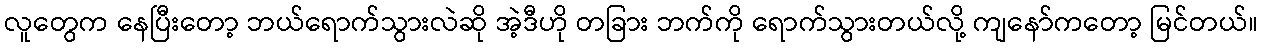
လူတွေက နေပြီးတော့ ဘယ်ရောက်သွားလဲဆို အဲ့ဒီဟို တခြား ဘက်ကို ရောက်သွားတယ်လို့ ကျနော်ကတော့ မြင်တယ်။